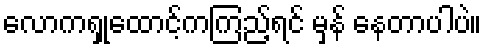
လောကရှုထောင့်ကကြည့်ရင် မှန် နေတာပါပဲ။